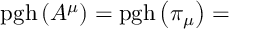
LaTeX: \mathrm { p g h } \left( A ^ { \mu } \right) = \mathrm { p g h } \left( \pi _ { \mu } \right) =